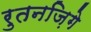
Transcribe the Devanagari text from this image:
रुतनज़िगे